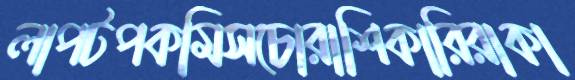
লাপটপকমিসচোরাশিকারিরাকা